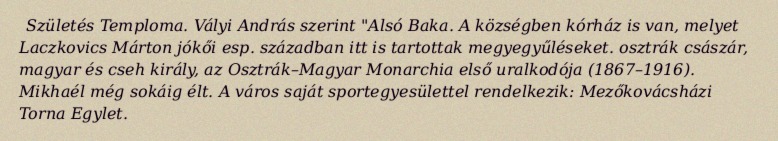
Születés Temploma. Vályi András szerint "Alsó Baka. A községben kórház is van, melyet Laczkovics Márton jókői esp. században itt is tartottak megyegyűléseket. osztrák császár, magyar és cseh király, az Osztrák–Magyar Monarchia első uralkodója (1867–1916). Mikhaél még sokáig élt. A város saját sportegyesülettel rendelkezik: Mezőkovácsházi Torna Egylet.